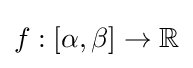
f:[\alpha ,\beta ]\rightarrow \mathbb {R}